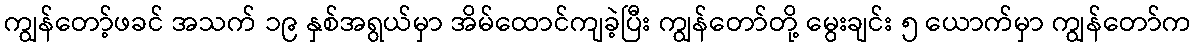
ကျွန်တော့်ဖခင် အသက် ၁၉ နှစ်အရွယ်မှာ အိမ်ထောင်ကျခဲ့ပြီး ကျွန်တော်တို့ မွေးချင်း ၅ ယောက်မှာ ကျွန်တော်က